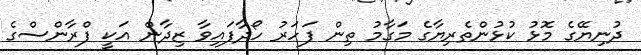
ދުނިޔޭގެ މޮޅު ކުޅުންތެރިޔާގެ މަގާމު ތިން ފަހަރު ހޯދާފައިވާ ޒިދާން އަކީ ފްރާންސްގެ